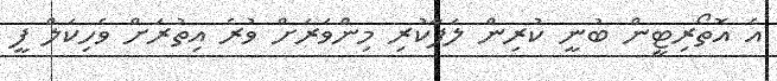
އެ އޮތޯރިޓީން ބުނީ ކުރިން ލަފާކުރި މިންވަރަށް ވުރެ އިތުރަށް ވެހިކަލް ފީ